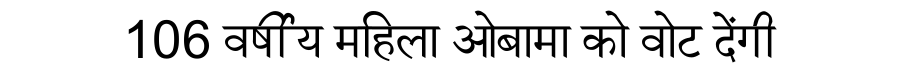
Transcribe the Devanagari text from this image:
106 वर्षीय महिला ओबामा को वोट देंगी